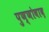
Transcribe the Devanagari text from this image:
पुण्णोवाद